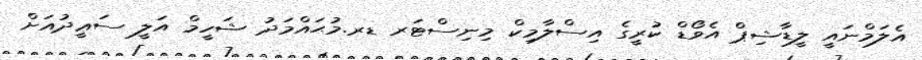
އެލަމްނައީ ލީޑާޝިޕް އެވޯޑް ކުރީގެ އިސްލާމިކް މިނިސްޓަރ ޑރ.މުޙައްމަދު ޝަހީމް އަލީ ސަޢީދުއަށް